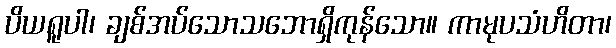
ပိယရူပါ၊ ချစ်အပ်သောသဘောရှိကုန်သော။ ကာမုပသံဟိတာ၊